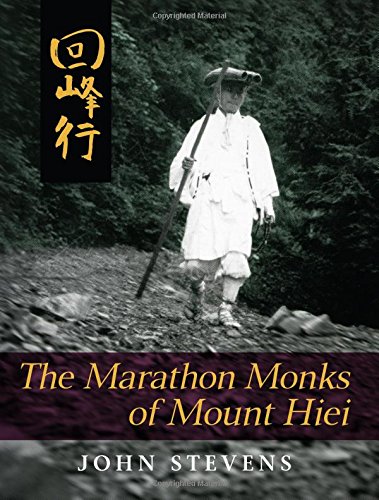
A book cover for The Marathon Monks of Mount Hiei; John Stevens; Reference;